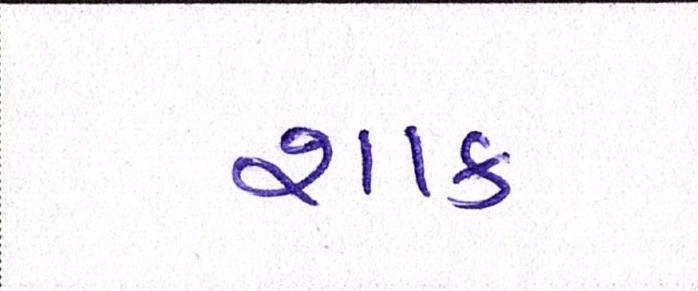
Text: શાક